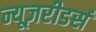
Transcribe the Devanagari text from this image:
न्यूज़रीडर्स